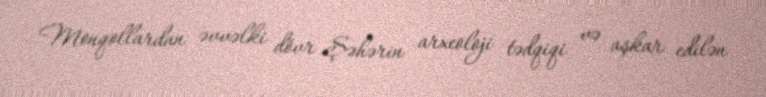
Monqollardan əvvəlki dövr Şəhərin arxeoloji tədqiqi və aşkar edilən